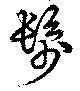
髿